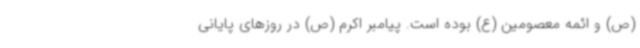
(ص) و ائمه معصومین (ع) بوده است. پیامبر اکرم (ص) در روزهای پایانی